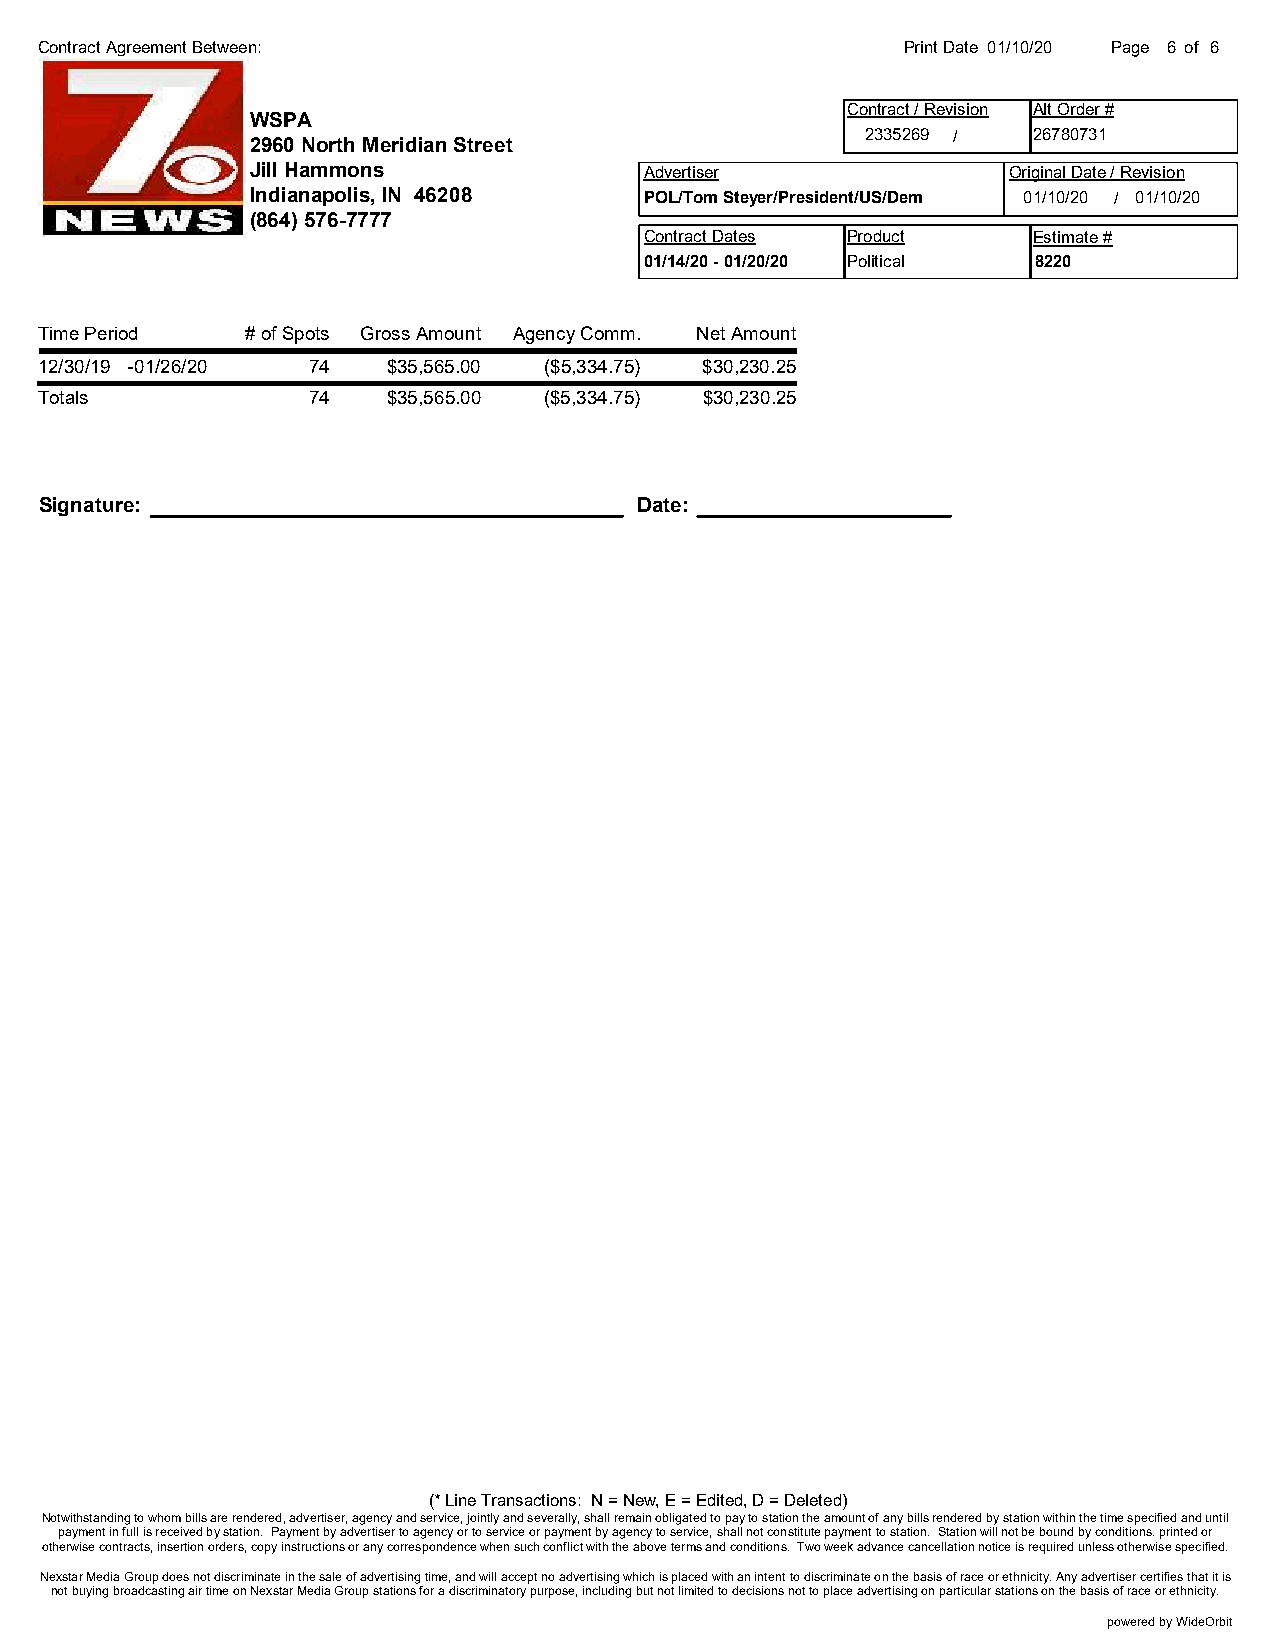
Contract Agreement Between:                               Print Date 01/10/20 Page 6 of 6
 Contract / Revision Alt Order #
 WSPA
 2335269 /  26780731
 2960 North Meridian Street
 Jill Hammons              Advertiser              Original Date / Revision
 Indianapolis, IN 46208    POL/Tom Steyer/President/US/Dem 01/10/20 / 01/10/20
 (864) 576-7777
 Contract Dates Product   Estimate #
 01/14/20 - 01/20/20 Political 8220
 Time Period   # of Spots Gross Amount Agency Comm. Net Amount
 12/30/19 -01/26/20 74   $35,565.00 ($5,334.75) $30,230.25
 Totals            74    $35,565.00 ($5,334.75) $30,230.25
 Signature:                             Date:
 (* Line Transactions: N = New, E = Edited, D = Deleted)
 Notwithstanding to whom bills are rendered, advertiser, agency and service, jointly and severally, shall remain obligated to pay to station the amount of any bills rendered by station within the time specified and until
 payment in full is received by station. Payment by advertiser to agency or to service or payment by agency to service, shall not constitute payment to station. Station will not be bound by conditions. printed or
 otherwise contracts, insertion orders, copy instructions or any correspondence when such conflict with the above terms and conditions. Two week advance cancellation notice is required unless otherwise specified.
 Nexstar Media Group does not discriminate in the sale of advertising time, and will accept no advertising which is placed with an intent to discriminate on the basis of race or ethnicity. Any advertiser certifies that it is
 not buying broadcasting air time on Nexstar Media Group stations for a discriminatory purpose, including but not limited to decisions not to place advertising on particular stations on the basis of race or ethnicity.
 powered by WideOrbit